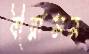
বীরাসন